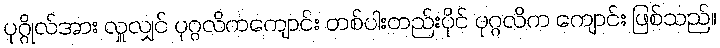
ပုဂ္ဂိုလ်အား လှူလျှင် ပုဂ္ဂလိကကျောင်း တစ်ပါးတည်းပိုင် ပုဂ္ဂလိက ကျောင်း ဖြစ်သည်။